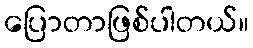
ပြောတာဖြစ်ပါတယ်။